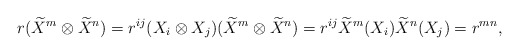
\begin{align*}r(\widetilde{X}^{m}\otimes\widetilde{X}^{n})=r^{ij}(X_i\otimes X_j)(\widetilde{X}^{m}\otimes\widetilde{X}^{n})=r^{ij}\widetilde{X}^{m}(X_i)\widetilde{X}^{n}(X_j)=r^{mn},\end{align*}